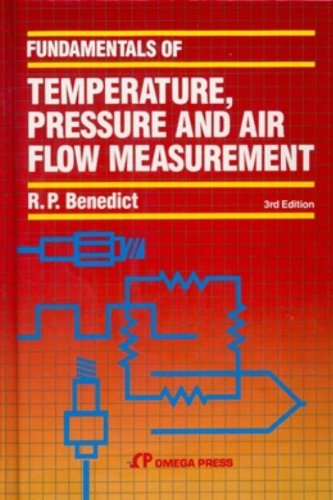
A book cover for Fundamentals of Temperature, Pressure and Flow Measurements; Robert P. Benedict; Science & Math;